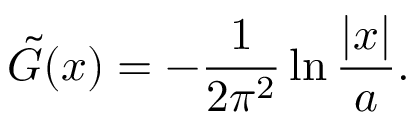
\tilde { G } ( x ) = - \frac { 1 } { 2 \pi ^ { 2 } } \ln \frac { | x | } { a } .